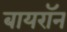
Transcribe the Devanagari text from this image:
बायरॉन